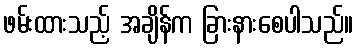
ဖမ်းထားသည့် အချိန်က ခြားနားစေပါသည်။